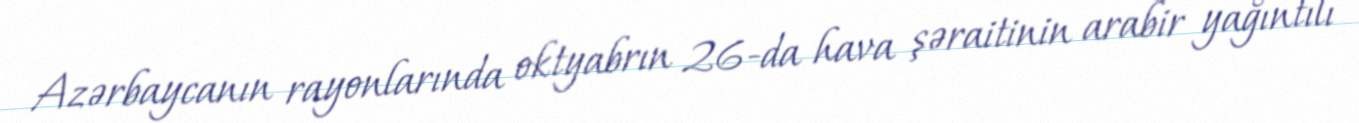
Azərbaycanın rayonlarında oktyabrın 26-da hava şəraitinin arabir yağıntılı